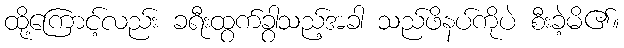
ထို့ကြောင့်လည်း ခရီးထွက်ခွာသည့်အခါ သည်ဖိနပ်ကိုပဲ စီးခဲ့မိ၏။